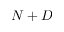
N + D